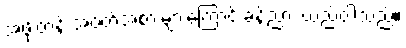
အဖိုးတန် အဝတ်အစားများကြောင့် ခန့်ညား ထည်ဝါသည်။